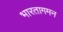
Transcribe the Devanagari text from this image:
भारतागमन